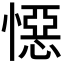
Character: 𭞪